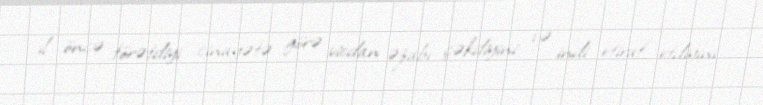
il öncə törətdiyi cinayətə görə vicdan əzabı çəkdiyini və indi etiraf etdiyini